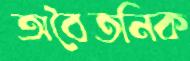
অবৈতনিক